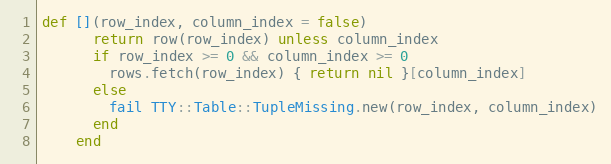
Language: Ruby
def [](row_index, column_index = false)
      return row(row_index) unless column_index
      if row_index >= 0 && column_index >= 0
        rows.fetch(row_index) { return nil }[column_index]
      else
        fail TTY::Table::TupleMissing.new(row_index, column_index)
      end
    end